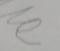
Signature authenticity: forged